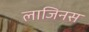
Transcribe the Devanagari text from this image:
लाजिनस